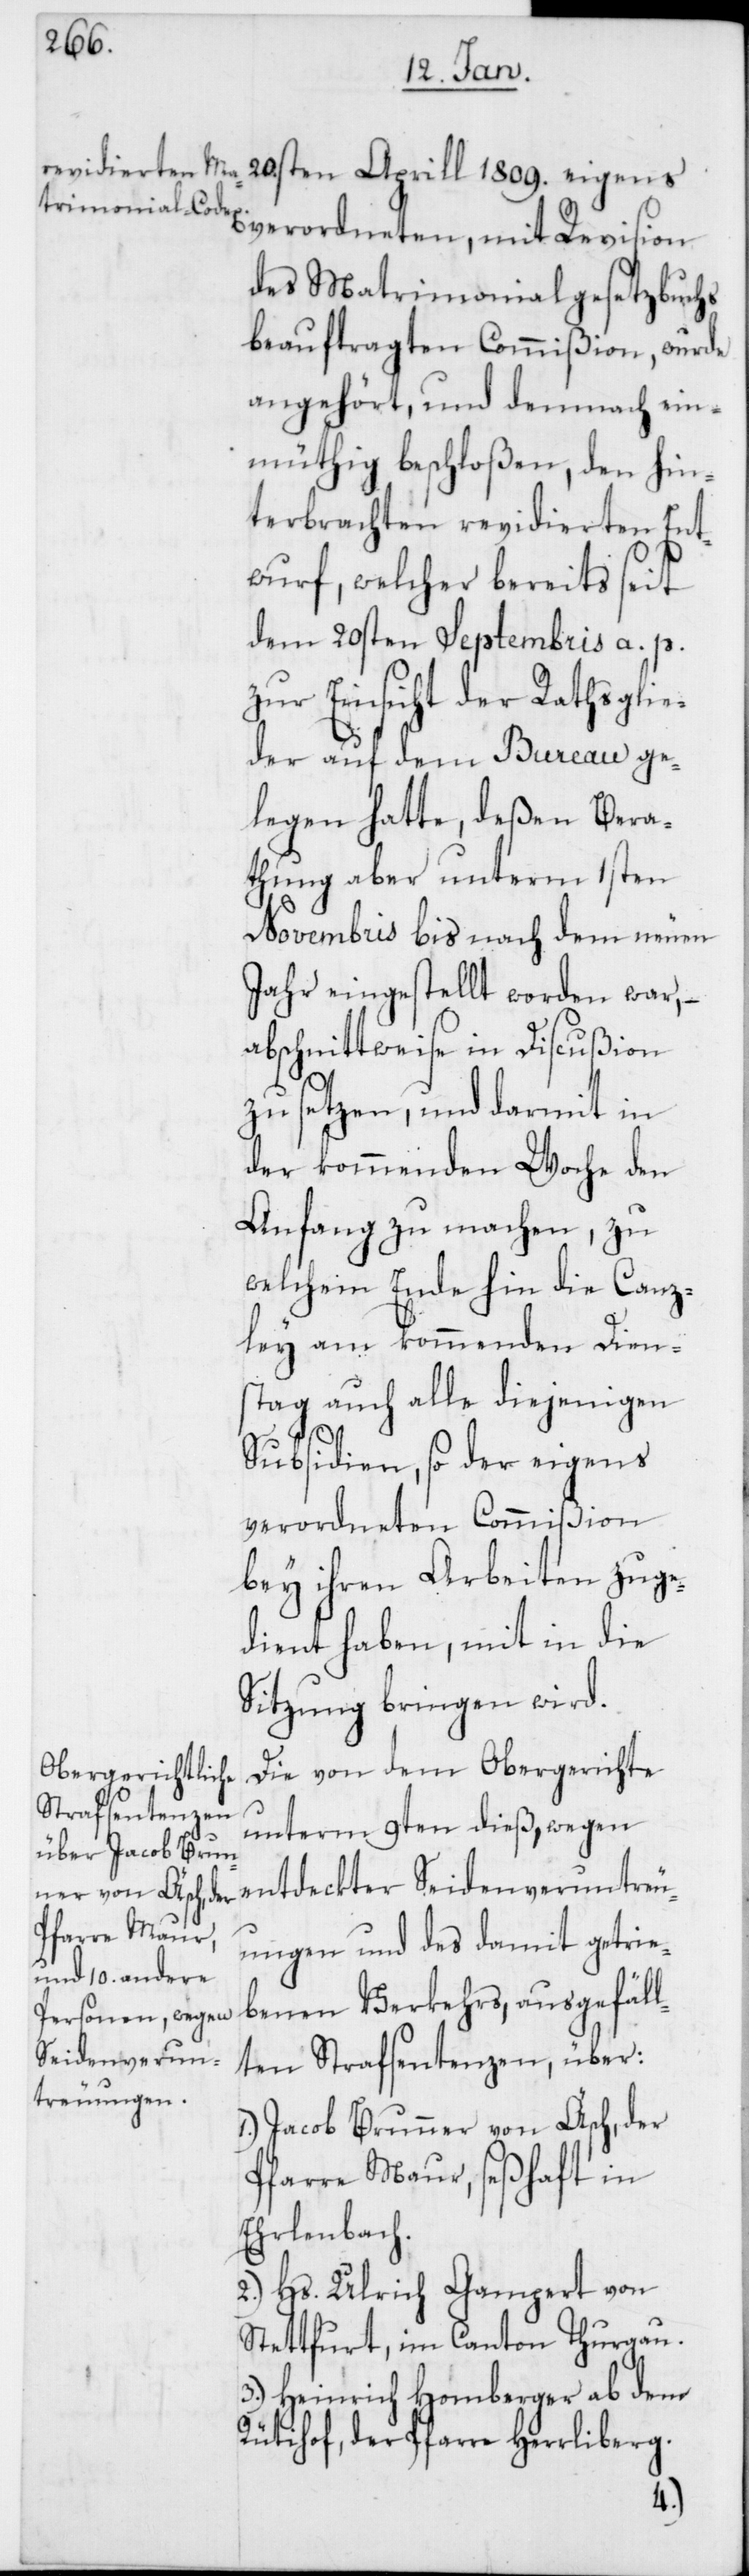
verordneten, mit Revision
des Matrimonialgesetzbuchs
beauftragten Commißion, wurde
angehört, und demnach ein¬
müthig beschloßen, den hin¬
terbrachten revidierten Ent¬
wurf, welcher bereits seit
dem 20sten Septembris a. p.
zur Einsicht der Rathsglie¬
der auf dem Bureau ge¬
legen hatte, deßen Bera¬
thung aber unterm 1sten
Novembris bis nach dem neuen
Jahr eingestellt worden war, –
abschnittweise in Discußion
zu setzen, und darmit in
der kommenden Woche den
Anfang zu machen, zu
welchem Ende hin die Canz¬
ley am kommenden Dien¬
stag auch alle diejenigen
Subsidien, so der eigens
verordneten Commißion
bey ihren Arbeiten zuge¬
dient haben, mit in die
Sitzung bringen wird.
Die von dem Obergerichte
unterm 9ten dieß, wegen
uungen und des damit getrie¬
benen Verkehrs, ausgefäl¬
Seidenverun¬
lten Strafsentenzen, über:
1.) Jacob Brunner von Äsch, der
Pfarre Maur, seßhaft in
Erlenbach.
2.) Hs. Ulrich Gampert von
Stettfurt, im Canton Thurgau.
3.) Heinrich Homberger ab dem
Rütihof, der Pfarre Herrliberg.
tre¬